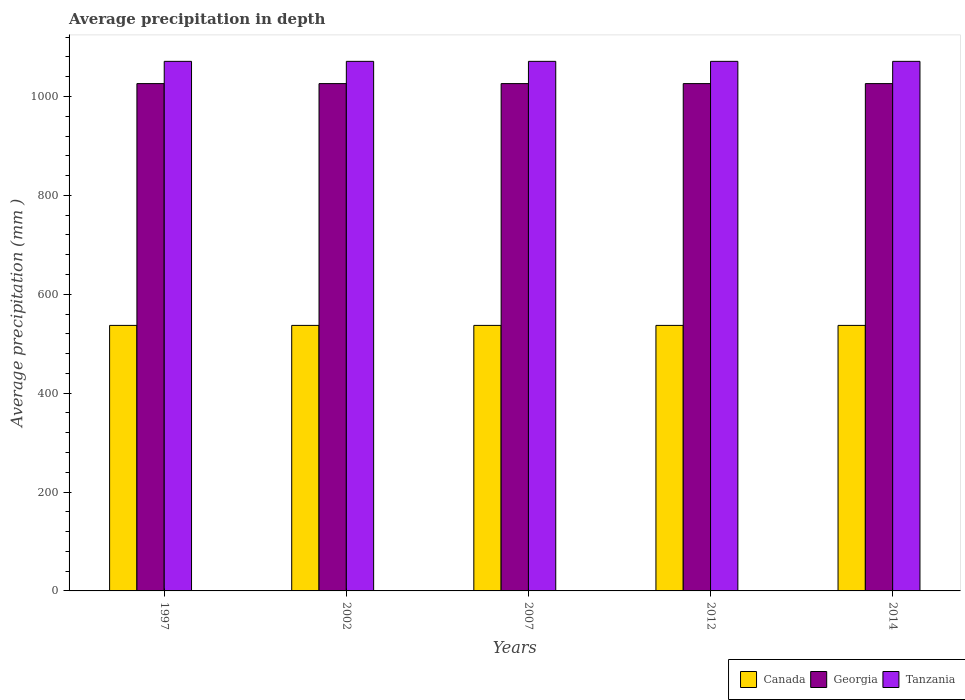
| Years | Canada | Georgia | Tanzania |
 | --- | --- | --- | --- |
 | 1997 | 537 | 1.03e+03 | 1.07e+03 |
 | 2002 | 537 | 1.03e+03 | 1.07e+03 |
 | 2007 | 537 | 1.03e+03 | 1.07e+03 |
 | 2012 | 537 | 1.03e+03 | 1.07e+03 |
 | 2014 | 537 | 1.03e+03 | 1.07e+03 |